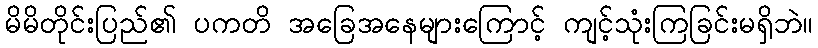
မိမိတိုင်းပြည်၏ ပကတိ အခြေအနေများကြောင့် ကျင့်သုံးကြခြင်းမရှိဘဲ။